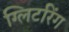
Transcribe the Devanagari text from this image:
ग्लिटरिंग